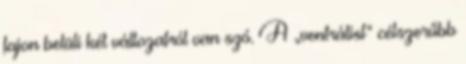
fajon belüli két változatról van szó. A „ventrálist” célszerűbb